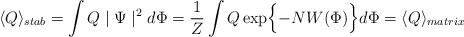
LaTeX: \begin{align*}\langle Q \rangle_{stab} = \int Q \mid\Psi\mid^2 d\Phi =\frac{1}{Z} \int Q \exp\Bigl\{- N W (\Phi)\Bigr\} d\Phi =\langle Q \rangle_{matrix}\end{align*}